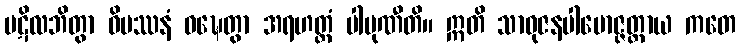
ပဋိလဘိတွာ ဝိပဿနံ ဝဍ္ဎေတွာ အရဟတ္တံ ပါပုဏီတိ။ ဣတိ သာဓုဇနပါမောဇ္ဇတ္ထာယ ကတေ